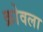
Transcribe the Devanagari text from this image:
क्रोवला